Report of an investigation of the epidemic of malarial fever in Assam, or, kala-azar
Disease focus: Malaria
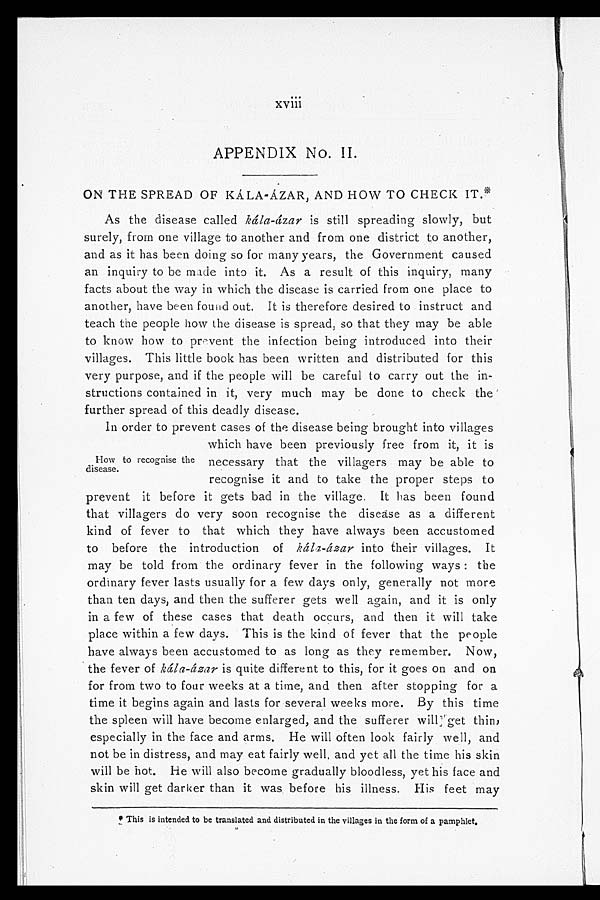
xviii
APPENDIX NO. II.
ON THE SPREAD OF KÁLA-ÁZAR, AND HOW TO CHECK IT.*
As the disease called kála-ázar is still spreading slowly, but
surely, from one village to another and from one district to another,
and as it has been doing so for many years, the Government caused
an inquiry to be made into it. As a result of this inquiry, many
facts about the way in which the disease is carried from one place to
another, have been found out. It is therefore desired to instruct and
teach the people how the disease is spread, so that they may be able
to know how to prevent the infection being introduced into their
villages. This little book has been written and distributed for this
very purpose, and if the people will be careful to carry out the in--
structions contained in it, very much may be done to check the
further spread of this deadly disease.
In order to prevent cases of the disease being brought into villages
which have been previously free from it, it is
necessary that the villagers may be able to
recognise it and to take the proper steps to
prevent it before it gets bad in the village. It has been found
that villagers do very soon recognise the disease as a different
kind of fever to that which they have always been accustomed
to before the introduction of kálá-ázar into their villages. It
may be told from the ordinary fever in the following ways: the
ordinary fever lasts usually for a few days only, generally not more
than ten days, and then the sufferer gets well again, and it is only
in a few of these cases that death occurs, and then it will take
place within a few days. This is the kind of fever that the people
have always been accustomed to as long as they remember. Now,
the fever of kálá-ázar is quite different to this, for it goes on and on
for from two to four weeks at a time, and then after stopping for a
time it begins again and lasts for several weeks more. By this time
the spleen will have become enlarged, and the sufferer will get thin,
especially in the face and arms. He will often look fairly well, and
not be in distress, and may eat fairly well, and yet all the time his skin
will be hot. He will also become gradually bloodless, yet his face and
skin will get darker than it was before his illness. His feet may
* This is intended to be translated and distributed in the villages in the form of a pamphlet.
How to recognise the
disease.